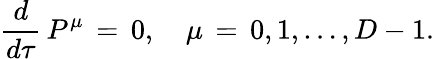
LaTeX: \frac{d}{d\tau}\, P^{\mu}\, =\, 0,\quad\mu\, =\, 0,1,\ldots,D-1.